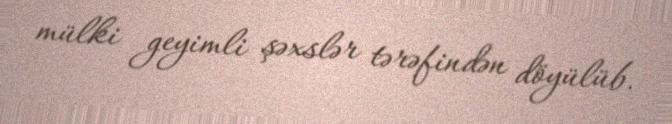
mülki geyimli şəxslər tərəfindən döyülüb.